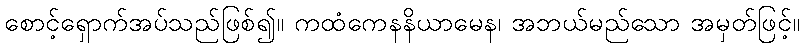
စောင့်ရှောက်အပ်သည်ဖြစ်၍။ ကထံကေနနိယာမေန၊ အဘယ်မည်သော အမှတ်ဖြင့်။